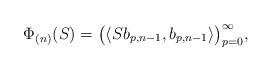
LaTeX: \begin{align*}\Phi_{(n)}(S)=\bigl(\langle S b_{p,n-1},b_{p,n-1}\rangle\bigr)_{p=0}^\infty,\end{align*}